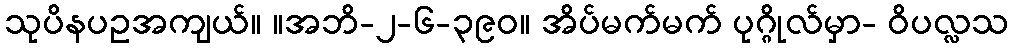
သုပိနပဥအကျယ်။ ။အဘိ-၂-၆-၃၉၀။ အိပ်မက်မက် ပုဂ္ဂိုလ်မှာ- ဝိပလ္လသ